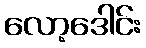
လော့ဒေါင်း